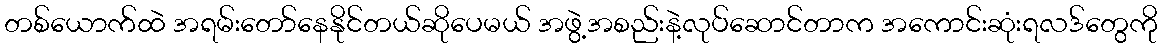
တစ်ယောက်ထဲ အရမ်းတော်နေနိုင်တယ်ဆိုပေမယ် အဖွဲ့အစည်းနဲ့လုပ်ဆောင်တာက အကောင်းဆုံးရလဒ်တွေကို